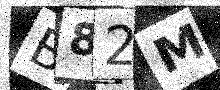
Text: B82M